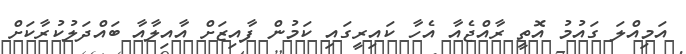
އަމިއްލަ ގައުމު އޮތީ ރާއްޖެއާ އެހާ ކައިރީގައި ކަމުން ފާއިޒަށް އާއިލާއާ ބައްދަލުކުރާކަށް